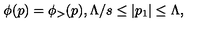
\phi ( p ) = \phi _ { > } ( p ) , \Lambda / s \leq | p _ { 1 } | \leq \Lambda ,